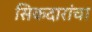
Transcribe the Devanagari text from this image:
सिकदारांचा